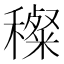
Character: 𥢽